65_HS1-834228961_62-HQ-83894_Section_4
Agency: FBI
Page 154
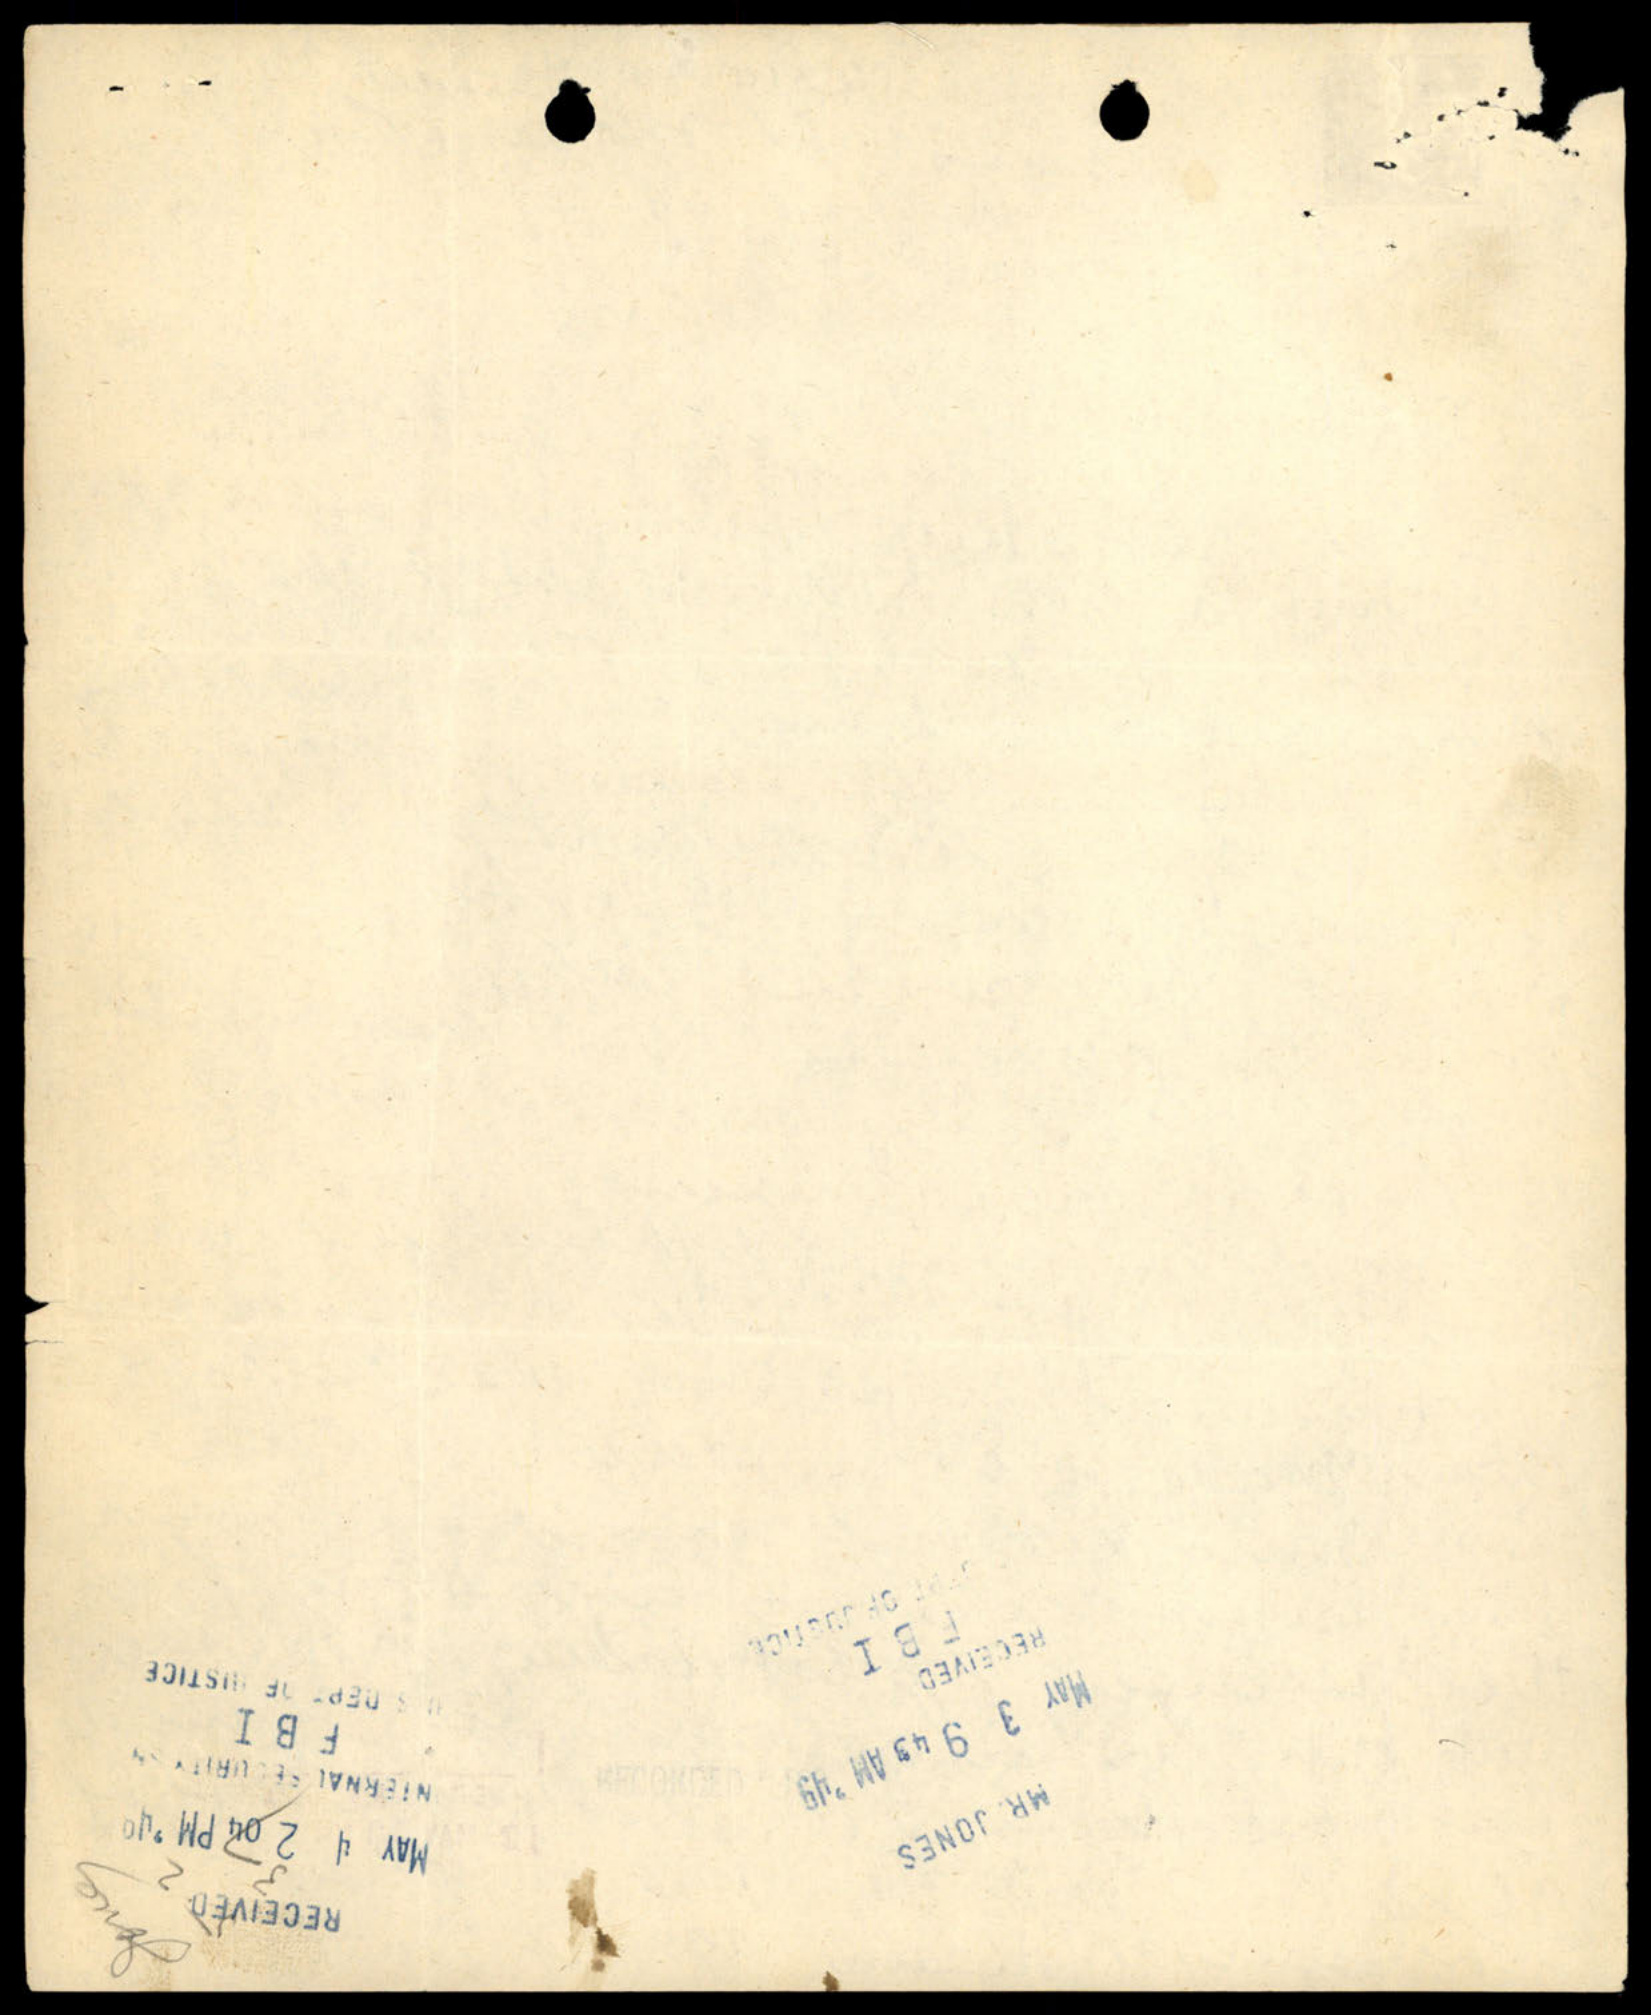